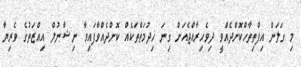
މި ގަލަން އިފްތިތާހްކޮށްދެއްވީ ދިވެހިރާއްޖެއަށް ގިނަ ޚިދުމަތްތަކެއް ކޮށްދެއްވާފައިވާ ނިޝާނުލް އިއްޒަތުގެ ވެރިޔާ